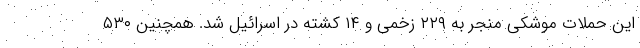
این حملات موشکی منجر به ۲۲۹ زخمی و ۱۴ کشته در اسرائیل شد. همچنین ۵۳۰